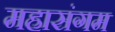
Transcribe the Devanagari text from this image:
महासंगम